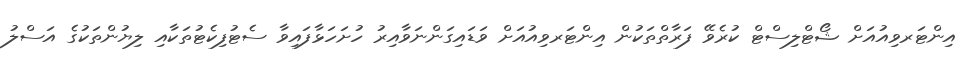
އިންޓަރވިއުއަށް ޝޯޓްލިސްޓް ކުރެވޭ ފަރާތްތަކުން އިންޓަރވިއުއަށް ވަޑައިގަންނަވާއިރު ހުށަހަޅާފައިވާ ސެޓުފިކެޓުތަކާއި ލިޔުންތަކުގެ އަސްލު